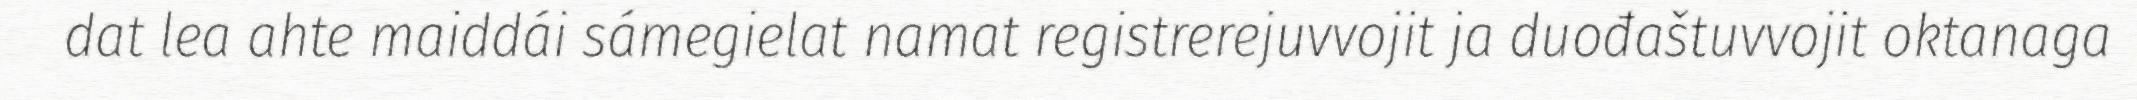
dat lea ahte maiddái sámegielat namat registrerejuvvojit ja duođaštuvvojit oktanaga